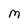
Character: M